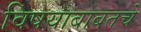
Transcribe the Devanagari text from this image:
विषयाबाबतचे